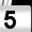
Digit: 5